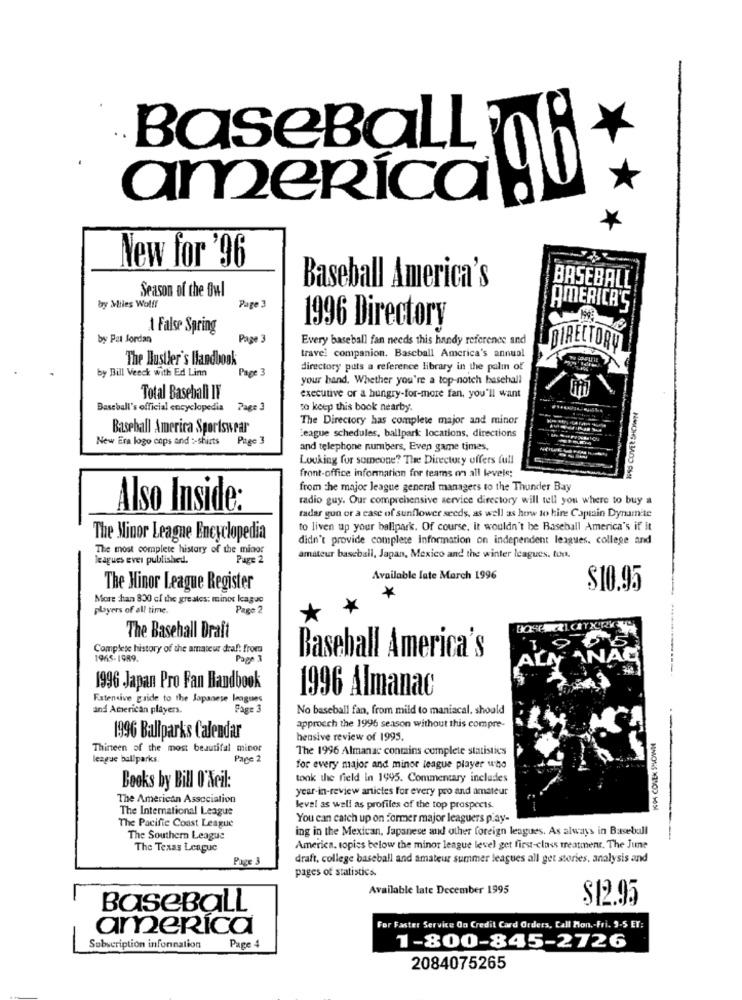
BaseBaLL
96
america®
New for '96
Season of the Owl
Baseball America's
BASEBALL
bry Miles Wolff
Page 3
AMERICA'S
1 False Spring
1996 Directory
by Pat Jordan
Page 3
Every baseball fan needs this handy reference and
DIRECTORY
The Hustler's Handbook
travel companion. Baseball America's annual
by Bill Veeck with Ed Linn
Page 3
directory puts a reference library in the palm of
your hand. Whether you're a top-notch basehall
Total Baseball IF
executive or a hungry-for-more fan, you'll want
Baseball's official encyclopedia
Page 3
to keep this book nearby.
The Directory has complete major and minor
Baseball America Sportswear
New Era logo cops and :- shirts Page 3
League schedules, ballpark locations, directions
and telephone numbers, Even game times.
Looking for someone? The Directory offers full
front-office information for teams on all levels;
from the major league general managers to the Thunder Bay
radio guy. Our comprehensive service directory will tell you where to buy a
Also Inside:
radar gun or a case of sunflower seeds, as well as how to hire Captain Dynamite
to liven up your ballpark. Of course, it wouldn't be Baseball America's if it
The Minor League Encyclopedia
didn't provide complete Information on independent leagues. college and
The most complete history of the miaor
leagues ever published.
Page 2
amateur baseball, Japan, Mexico and the winter leagues. for.
Available late March 1996
The Minor League Register
*
$10.95
More than 830 of the greates: minor kague
players of all time.
Pago 2
*
The Baseball Draft
Complete history of the amateur draf: from
Baseball America's
1965-1989.
Page 3
1996 Japan Pro Fan Handbook
1996 Almanac
Fatenive guide to the Japanese leagues
and American players.
Fare 3
No baseball fan, from mild to maniacal. should
approcch the 1996 season without this compre-
-
1996 Ballparks Calendar
hensive review of 1995.
Thirteen of the most beautifal minor
The 1996 Almanac contains complete statistics
league ballparks.
Page 2
for every major and minor league player who
took the field in 1995. Commentary includes
Books by Bill O'Ncil:
year-in-review antictes for every pro and amateur
The American Association
The International League
level as well as profiles of the top prospects
MMONS N21OD 105
The Pacific Coast League
You can catch up on former major leaguers play-
ing in the Mexican, Japanese and other foreign leagues. As always in Baseball
The Southern League
The Texas League
America, topics below the minor league level get first-class treatment. The June
Pace 3
draft, college baseball and amateur summer leagues all get stories, analysis and
pages of statistics.
Available late December 1995
$12.95
BaseBaLL
america
For Faster Service On Credit Card Orders, Call Mon ,- Fri. 9-5 ET:
Subscription information
Page
1-800-845-2726
2084075265